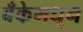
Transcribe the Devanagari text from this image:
बँकेमधून